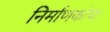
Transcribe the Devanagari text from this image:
निर्माणकांचा